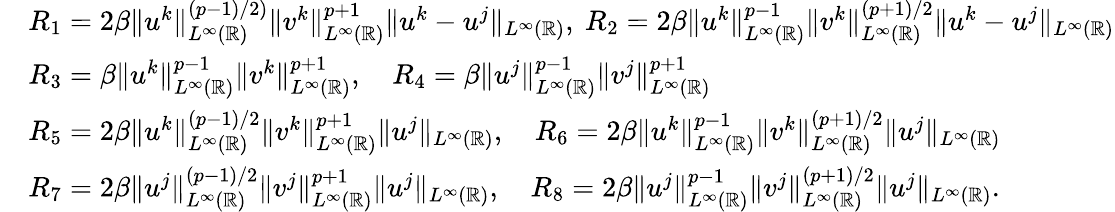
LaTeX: \begin{array}{rl}&{R_{1}=2\beta\| u^{k}\| _{L^{\infty}(\mathbb{R})}^{(p-1)/2)}\| v^{k}\| _{L^{\infty}(\mathbb{R})}^{p+1}\| u^{k}-u^{j}\| _{L^{\infty}(\mathbb{R})},\ R_{2}=2\beta\| u^{k}\| _{L^{\infty}(\mathbb{R})}^{p-1}\| v^{k}\| _{L^{\infty}(\mathbb{R})}^{(p+1)/2}\| u^{k}-u^{j}\| _{L^{\infty}(\mathbb{R})}}\\ &{R_{3}=\beta\| u^{k}\| _{L^{\infty}(\mathbb{R})}^{p-1}\| v^{k}\| _{L^{\infty}(\mathbb{R})}^{p+1},\quad R_{4}=\beta\| u^{j}\| _{L^{\infty}(\mathbb{R})}^{p-1}\| v^{j}\| _{L^{\infty}(\mathbb{R})}^{p+1}}\\ &{R_{5}=2\beta\| u^{k}\| _{L^{\infty}(\mathbb{R})}^{(p-1)/2}\| v^{k}\| _{L^{\infty}(\mathbb{R})}^{p+1}\| u^{j}\| _{L^{\infty}(\mathbb{R})},\quad R_{6}=2\beta\| u^{k}\| _{L^{\infty}(\mathbb{R})}^{p-1}\| v^{k}\| _{L^{\infty}(\mathbb{R})}^{(p+1)/2}\| u^{j}\| _{L^{\infty}(\mathbb{R})}}\\ &{R_{7}=2\beta\| u^{j}\| _{L^{\infty}(\mathbb{R})}^{(p-1)/2}\| v^{j}\| _{L^{\infty}(\mathbb{R})}^{p+1}\| u^{j}\| _{L^{\infty}(\mathbb{R})},\quad R_{8}=2\beta\| u^{j}\| _{L^{\infty}(\mathbb{R})}^{p-1}\| v^{j}\| _{L^{\infty}(\mathbb{R})}^{(p+1)/2}\| u^{j}\| _{L^{\infty}(\mathbb{R})}.}\end{array}